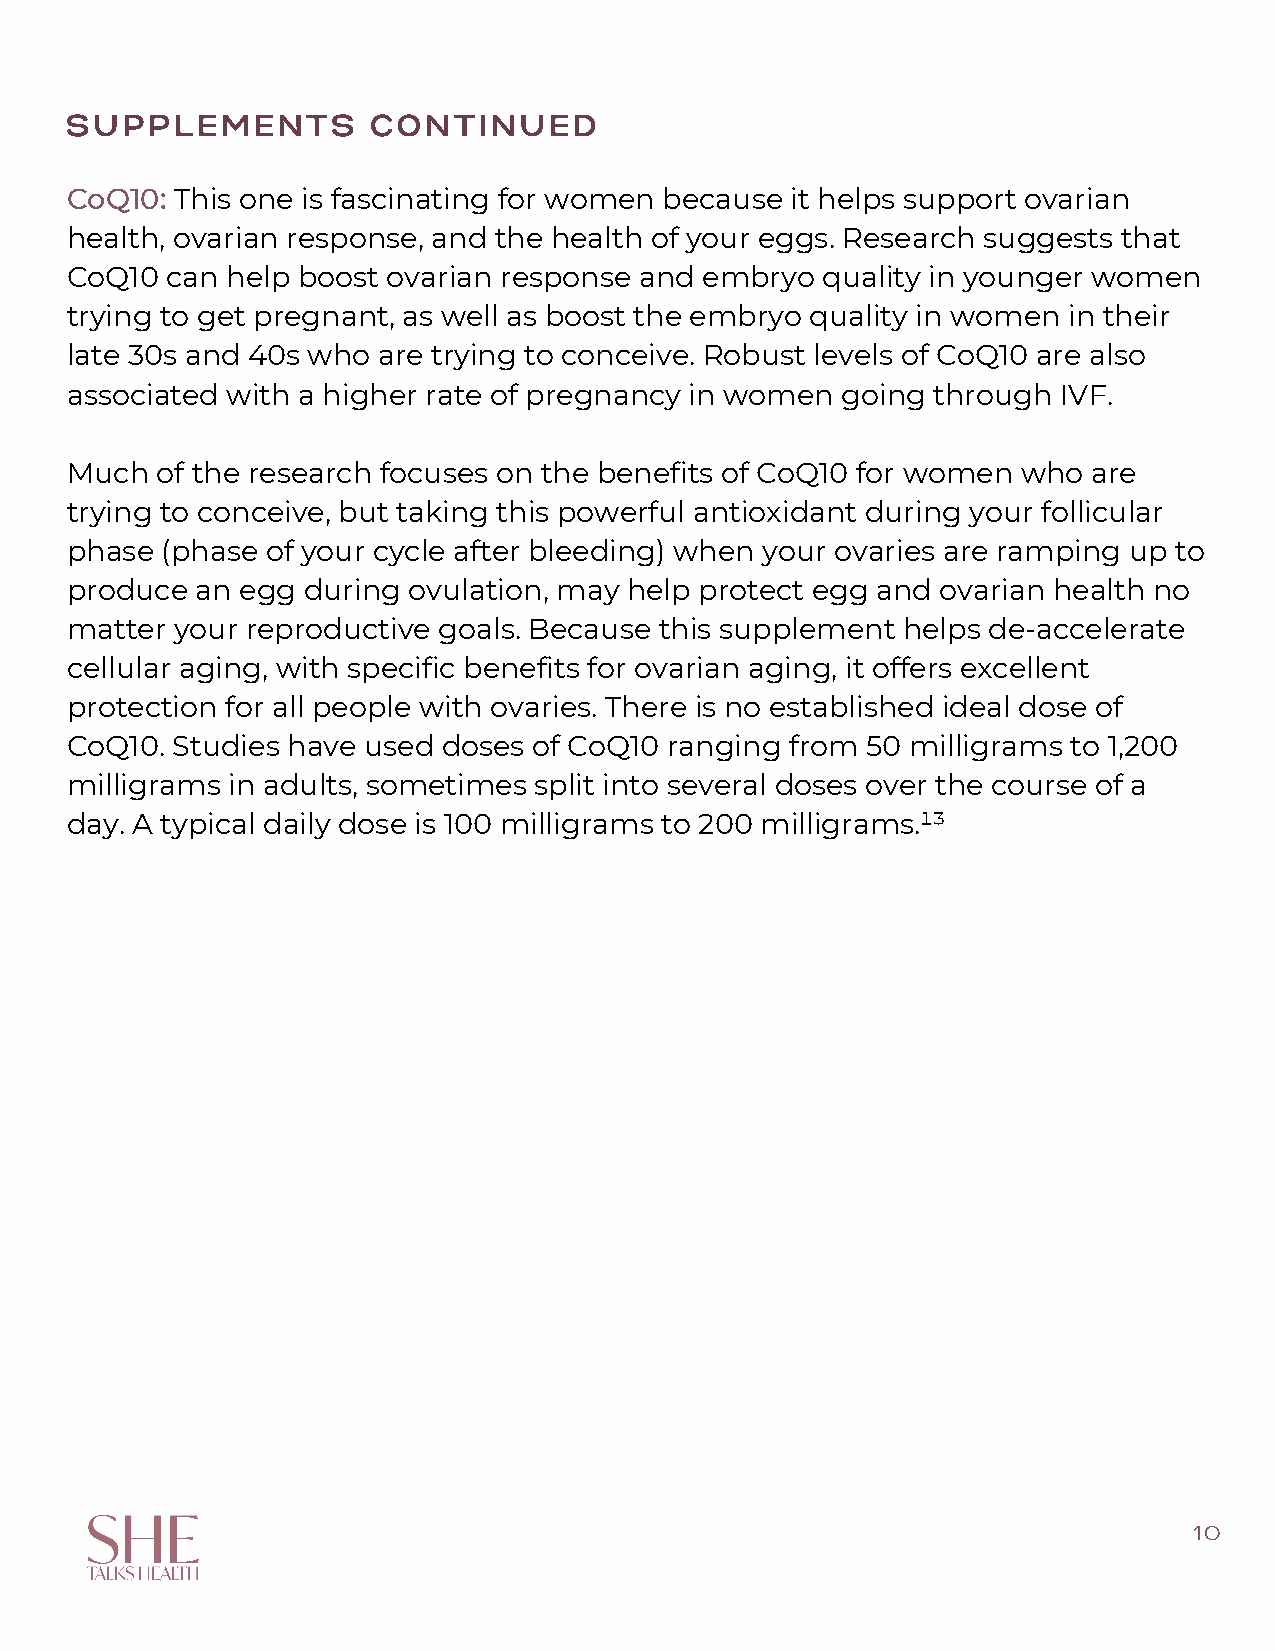
SUPPLEMENTS          CONTINUED
 CoQ10:  This one is fascinating for women because it helps support ovarian
 health, ovarian response, and the health of your eggs. Research suggests that
 CoQ10  can help boost ovarian response and embryo quality in younger women
 trying to get pregnant, as well as boost the embryo quality in women in their
 late 30s and 40s who are trying to conceive. Robust levels of CoQ10 are also
 associated with a higher rate of pregnancy in women going through IVF.
 Much  of the research focuses on the benefits of CoQ10 for women who are
 trying to conceive, but taking this powerful antioxidant during your follicular
 phase  (phase of your cycle after bleeding) when your ovaries are ramping up to
 produce  an egg during ovulation, may help protect egg and ovarian health no
 matter  your reproductive goals. Because this supplement helps de-accelerate
 cellular aging, with specific benefits for ovarian aging, it offers excellent
 protection for all people with ovaries. There is no established ideal dose of
 CoQ10. Studies have used doses of CoQ10 ranging from 50 milligrams to 1,200
 milligrams in adults, sometimes split into several doses over the course of a
 day. A typical daily dose is 100 milligrams to 200 milligrams.¹³
 10